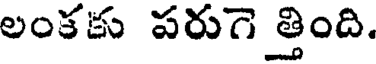
లంకకు పరుగె త్తింది.